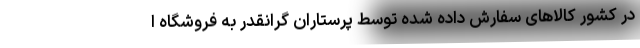
در کشور کالاهای سفارش داده شده توسط پرستاران گرانقدر به فروشگاه ا